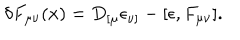
\delta F _ { \mu \nu } ( x ) = D _ { [ \mu } \epsilon _ { \nu ] } - [ \epsilon , F _ { \mu \nu } ] .